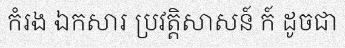
កំរង ឯកសារ ប្រវត្តិសាសន៍ ក៍ ដូចជា